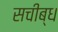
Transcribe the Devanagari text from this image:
सचीब्ध